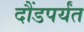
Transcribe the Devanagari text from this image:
दौंडपर्यंत